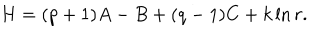
H = ( p + 1 ) A - B + ( q - 1 ) C + k \ln r .